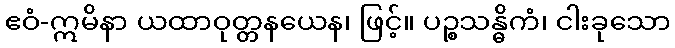
ဧဝံ-ဣမိနာ ယထာဝုတ္တနယေန၊ ဖြင့်။ ပဉ္စသန္ဓိကံ၊ ငါးခုသော